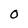
Character: O